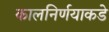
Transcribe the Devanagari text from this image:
कालनिर्णयाकडे